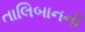
તાલિબાનની